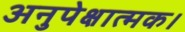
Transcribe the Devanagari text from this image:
अनुपेक्षात्मक।